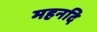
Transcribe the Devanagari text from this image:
महनदि